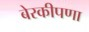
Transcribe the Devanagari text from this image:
बेरकीपणा